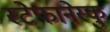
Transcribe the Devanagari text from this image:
स्टेफानेस्कु